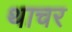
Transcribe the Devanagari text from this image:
थाचर